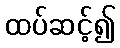
ထပ်ဆင့်၍